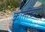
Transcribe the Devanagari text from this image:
कोतींच्या